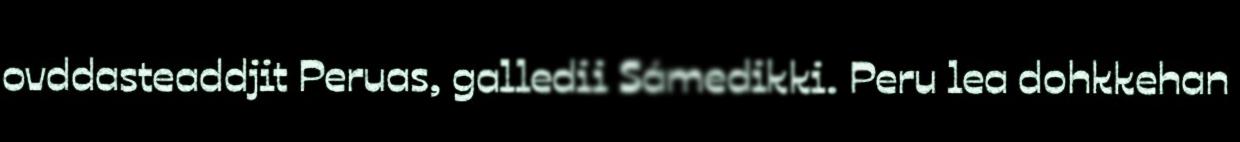
ovddasteaddjit Peruas, galledii Sámedikki. Peru lea dohkkehan